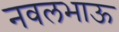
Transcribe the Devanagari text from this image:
नवलभाऊ